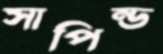
সাপিন্ড